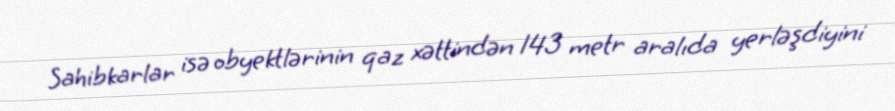
Sahibkarlar isə obyektlərinin qaz xəttindən 143 metr aralıda yerləşdiyini